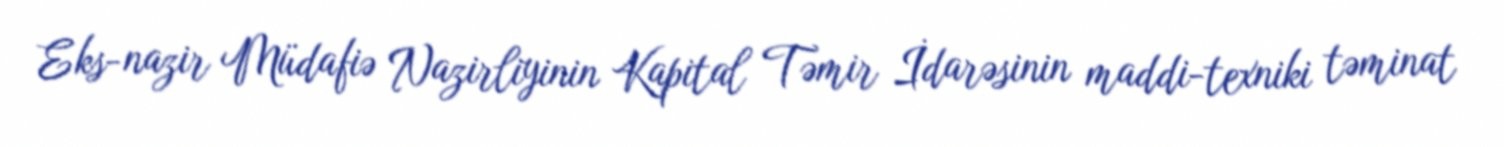
Eks-nazir Müdafiə Nazirliyinin Kapital Təmir İdarəsinin maddi-texniki təminat